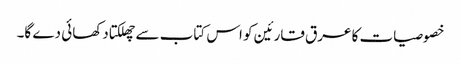
خصوصیات کا عرق قارئین کو اس کتاب سے چھلکتا دکھائی دے گا۔